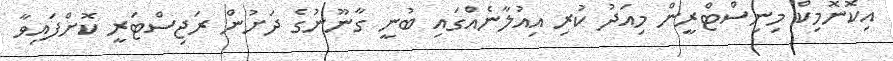
އިކޮނޮމިކް މިނިސްޓްރީން މިއަދު ކުރި އިއުލާނެއްގައި ބުނީ ގާނޫނުގެ ދަށުން ރަޖިސްޓަރީ ކޮށްފައިވާ